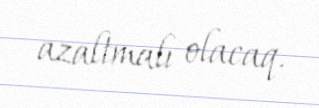
azaltmalı olacaq.